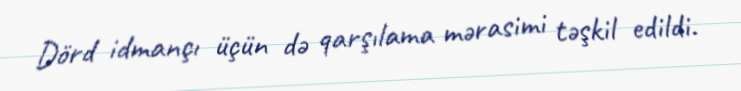
Dörd idmançı üçün də qarşılama mərasimi təşkil edildi.